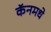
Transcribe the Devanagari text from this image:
कॅनमधे